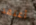
أعتقد